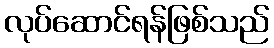
လုပ်ဆောင်ရန်ဖြစ်သည်